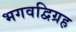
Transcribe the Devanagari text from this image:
भगवद्विग्रह